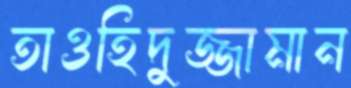
তাওহিদুজ্জামান